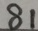
8 1